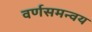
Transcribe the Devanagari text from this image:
वर्णसमन्वय